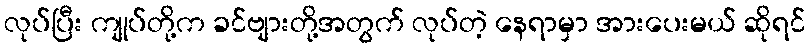
လုပ်ပြီး ကျုပ်တို့က ခင်ဗျားတို့အတွက် လုပ်တဲ့ နေရာမှာ အားပေးမယ် ဆိုရင်